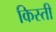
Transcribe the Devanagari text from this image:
किस्‍ती